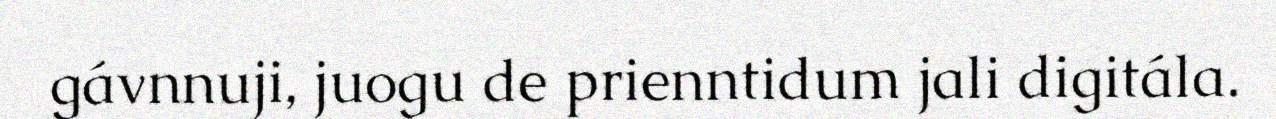
gávnnuji, juogu de prienntidum jali digitála.